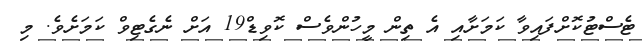
ޓެސްޓުކޮށްފައިވާ ކަމަށާއި އެ ތިން މީހުންވެސް ކޮވިޑް19 އަށް ނެގެޓިވް ކަމަށެވެ. މި